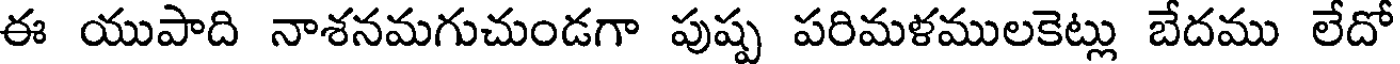
ఈ యుపాది నాశనమగుచుండగా పుష్ప పరిమళములకెట్లు బేదము లేదో